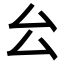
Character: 㕕